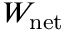
W _ { \mathrm { { n e t } } }